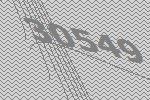
30549